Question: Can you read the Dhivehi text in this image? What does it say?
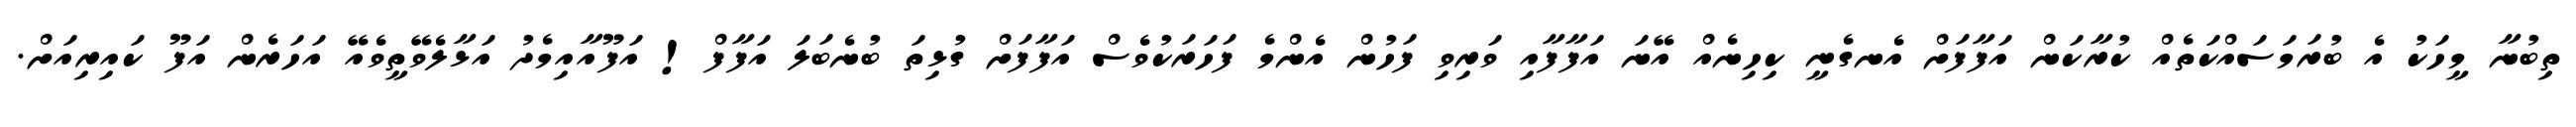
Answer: ތިބުނާ މީހަކު އެ ބުރަމަސައްކަތެއް ކުރާކަން އަފާފަށް އެނގެނީ ކިހިނެއް އޭނަ އަފާފާއި ވަރިވި ފަހުން އެންމެ ފަހަރަކުވެސް އަފާފަށް ގުޅިތަ ބުނެބަލަ އަފާފް! އަފޫއާއިމެދު އަޅާލެވޭތީވެއޭ އަހަރެން އަފޫ ކައިރިއަށް.